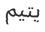
يتيم